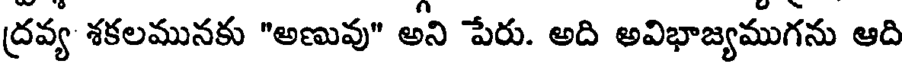
ద్రవ్య శకలమునకు "అణువు" అని పేరు. అది అవిభాజ్యముగను ఆది